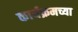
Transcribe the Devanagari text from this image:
कार्यक्रमच्या